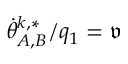
\dot { \theta } _ { A , B } ^ { k , * } / q _ { 1 } = \mathfrak { v }